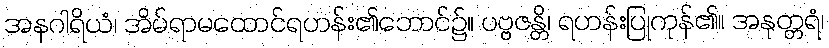
အနဂါရိယံ၊ အိမ်ရာမထောင်ရဟန်း၏ဘောင်၌။ ပဗ္ဗဇန္တိ၊ ရဟန်းပြုကုန်၏။ အနုတ္တရံ၊